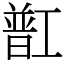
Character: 㠮